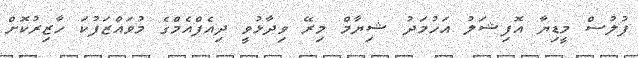
ފުލުސް މީޑިޔާ އޮފިޝަލު އަހުމަދު ޝިޔާމް މިރޭ ވިދާޅުވީ ދިއެފްއެމްގެ މުވައްޒަފުކަ ހާޒިރުކޮށް